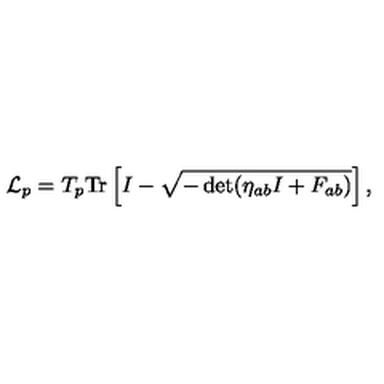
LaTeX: { \cal L } _ { p } = T _ { p } \mathrm { T r } \left[ I - \sqrt { - \det ( \eta _ { a b } I + F _ { a b } ) } \right] ,